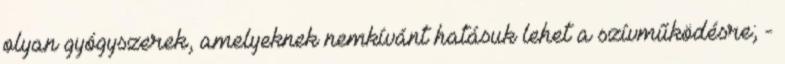
olyan gyógyszerek, amelyeknek nemkívánt hatásuk lehet a szívműködésre; -